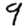
Digit: 9